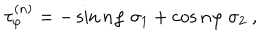
\tau _ { \varphi } ^ { ( n ) } = - \sin n \varphi \ \sigma _ { 1 } + \cos n \varphi \ \sigma _ { 2 } \ ,